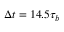
\Delta t = 1 4 . 5 \tau _ { b }